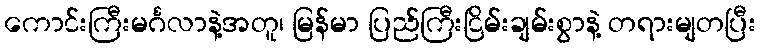
ကောင်းကြီးမင်္ဂလာနဲ့အတူ၊ မြန်မာ ပြည်ကြီးငြိမ်းချမ်းစွာနဲ့ တရားမျတပြီး